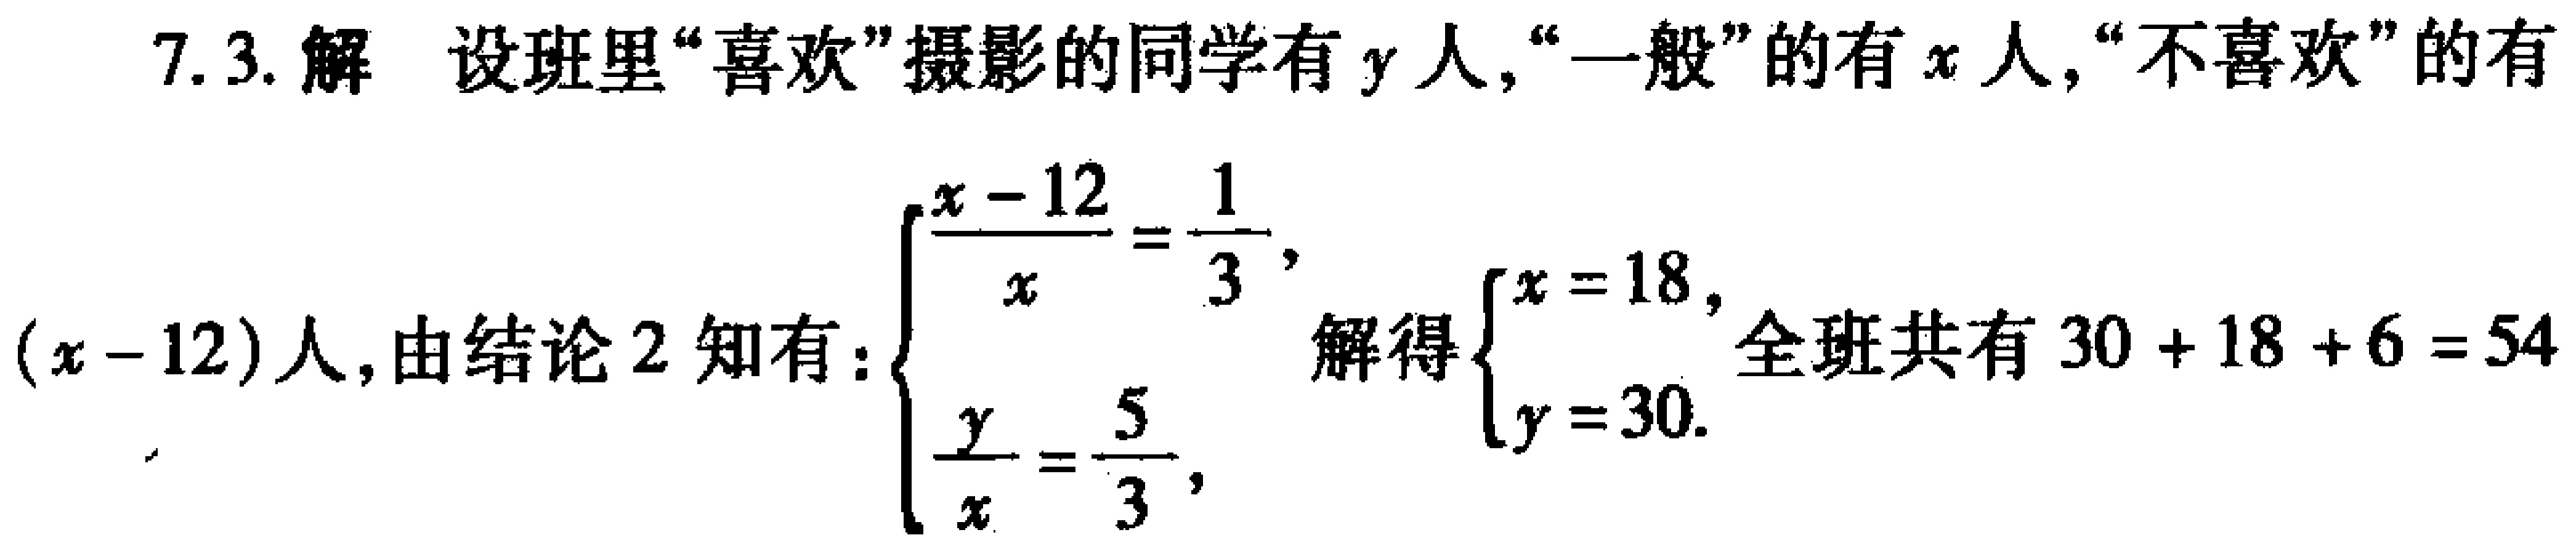
7.3. 解 设班里“喜欢”摄影的同学有\(y\)人，“一般”的有\(x\)人，“不喜欢”的有\((x - 12)\)人，由结论 2 知有：\(\begin{cases}\dfrac{x - 12}{x}=\dfrac{1}{3},\\\dfrac{y}{x}=\dfrac{5}{3},\end{cases}\) 解得\(\begin{cases}x = 18,\\y = 30.\end{cases}\) 全班共有 \(30 + 18 + 6 = 54\)